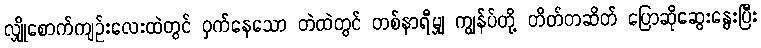
လျှိုစောက်ကျဉ်းလေးထဲတွင် ဝှက်နေသော တဲထဲတွင် တစ်နာရီမျှ ကျွန်ပ်တို့ တိတ်တဆိတ် ပြောဆိုဆွေးနွေးပြီး